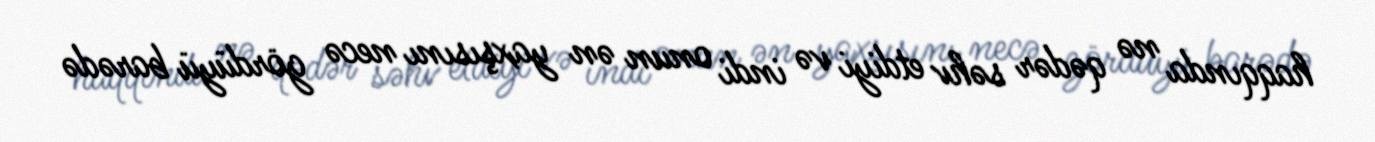
haqqında nə qədər səhv etdiyi və indi onun ən yaxşısını necə gördüyü barədə